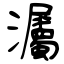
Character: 灟